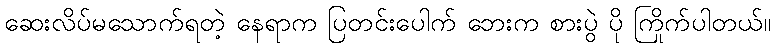
ဆေးလိပ်မသောက်ရတဲ့ နေရာက ပြတင်းပေါက် ဘေးက စားပွဲ ပို ကြိုက်ပါတယ်။